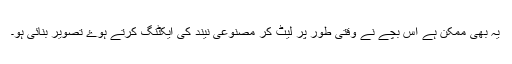
یہ بھی ممکن ہے اس بچے نے وقتی طور پر لیٹ کر مصنوعی نیند کی ایکٹنگ کرتے ہوۓ تصویر بنائی ہو۔